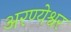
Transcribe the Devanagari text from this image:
अरण्येश्वर